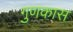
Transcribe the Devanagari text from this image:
गुणकास